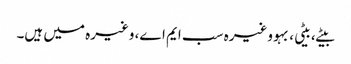
بیٹے، بیٹی، بہو وغیرہ سب ایم اے، وغیرہ میں ہیں۔